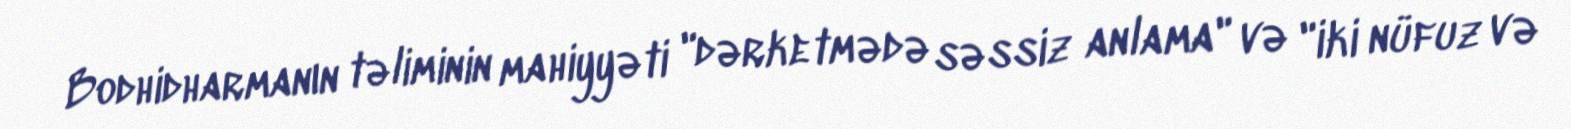
Bodhidharmanın təliminin mahiyyəti "dərketmədə səssiz anlama" və "iki nüfuz və